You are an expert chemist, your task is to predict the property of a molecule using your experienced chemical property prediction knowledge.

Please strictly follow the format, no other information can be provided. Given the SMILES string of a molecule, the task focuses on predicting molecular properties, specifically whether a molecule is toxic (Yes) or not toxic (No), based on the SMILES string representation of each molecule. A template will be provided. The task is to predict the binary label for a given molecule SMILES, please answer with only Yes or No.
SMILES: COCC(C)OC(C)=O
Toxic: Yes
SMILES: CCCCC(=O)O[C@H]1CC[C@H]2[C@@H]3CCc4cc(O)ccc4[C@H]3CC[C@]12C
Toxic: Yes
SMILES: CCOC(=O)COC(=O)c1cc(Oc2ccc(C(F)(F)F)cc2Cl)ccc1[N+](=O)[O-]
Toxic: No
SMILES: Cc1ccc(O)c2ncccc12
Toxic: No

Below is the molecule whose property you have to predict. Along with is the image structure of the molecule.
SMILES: O=C([O-])C[C@H](O)CC(O)/C=C/c1c(C2CC2)nc2ccccc2c1-c1ccc(F)cc1.O=C([O-])C[C@H](O)C[C@H](O)/C=C/c1c(C2CC2)nc2ccccc2c1-c1ccc(F)cc1
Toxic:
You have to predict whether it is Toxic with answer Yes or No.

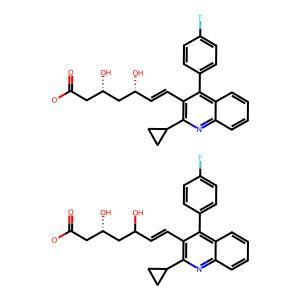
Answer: No